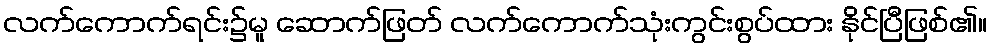
လက်ကောက်ရင်း၌မူ ဆောက်ဖြတ် လက်ကောက်သုံးကွင်းစွပ်ထား နိုင်ပြီဖြစ်၏။